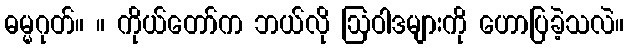
ဓမ္မဂုတ်။ ။ ကိုယ်တော်က ဘယ်လို ဩဝါဒများကို ဟောပြခဲ့သလဲ။